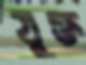
যুক্ত